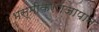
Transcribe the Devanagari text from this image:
भस्मीकरणजापान